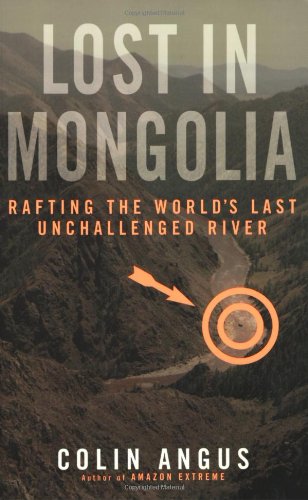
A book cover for Lost in Mongolia: Rafting the World's Last Unchallenged River; Colin Angus; Sports & Outdoors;